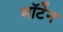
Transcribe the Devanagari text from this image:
मॉर्टेन